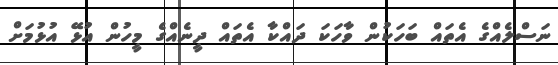
ނަސްލެއްގެ އެތައް ބަހަކުން ވާހަކަ ދައްކާ އެތައް ދީނެއްގެ މީހުން އުޅޭ އުޅުމަށް